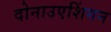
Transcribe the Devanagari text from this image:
दोनाउएशिंगन